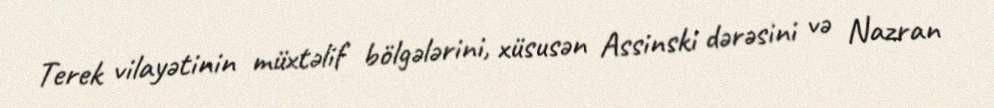
Terek vilayətinin müxtəlif bölgələrini, xüsusən Assinski dərəsini və Nazran